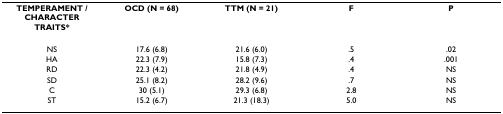
<table><thead><tr><td><b>TEMPERAMENT / CHARACTER TRAITS*</b></td><td><b>OCD (N = 68)</b></td><td><b>TTM (N = 21)</b></td><td><b>F</b></td><td><b>P</b></td></tr></thead><tbody><tr><td>NS</td><td>17.6 (6.8)</td><td>21.6 (6.0)</td><td>.5</td><td>.02</td></tr><tr><td>HA</td><td>22.3 (7.9)</td><td>15.8 (7.3)</td><td>.4</td><td>.001</td></tr><tr><td>RD</td><td>22.3 (4.2)</td><td>21.8 (4.9)</td><td>.4</td><td>NS</td></tr><tr><td>SD</td><td>25.1 (8.2)</td><td>28.2 (9.6)</td><td>.7</td><td>NS</td></tr><tr><td>C</td><td>30 (5.1)</td><td>29.3 (6.8)</td><td>2.8</td><td>NS</td></tr><tr><td>ST</td><td>15.2 (6.7)</td><td>21.3 (18.3)</td><td>5.0</td><td>NS</td></tr></tbody></table>